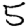
Digit: 5